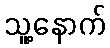
သူ့နောက်